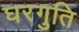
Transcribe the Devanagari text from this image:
घरगुति